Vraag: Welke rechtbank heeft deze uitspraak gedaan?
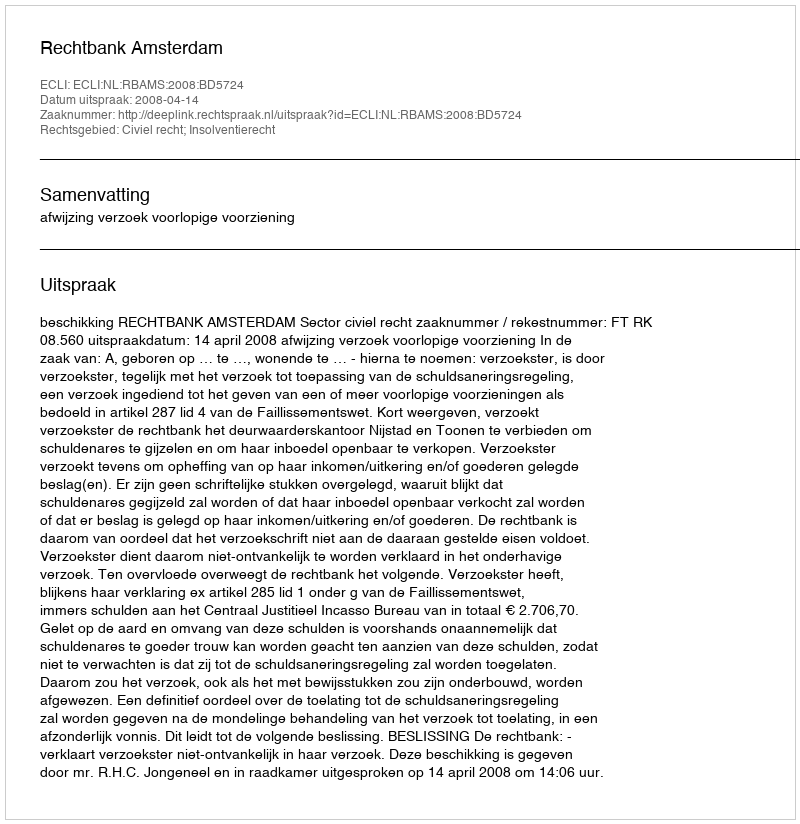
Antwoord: Rechtbank Amsterdam